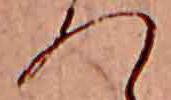
つ